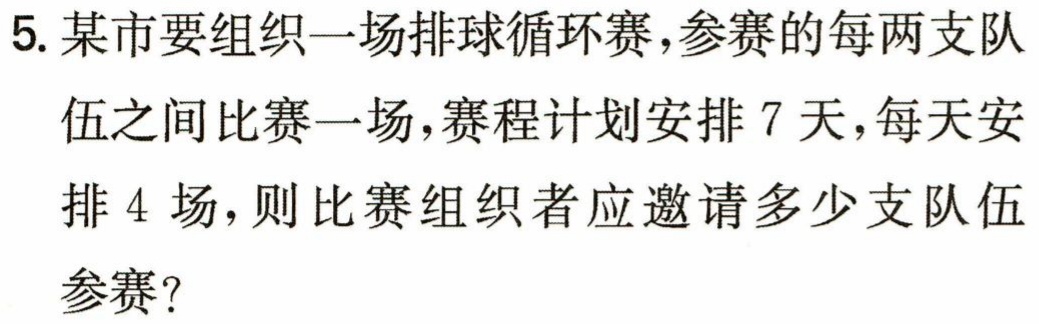
5. 某市要组织一场排球循环赛，参赛的每两支队伍之间比赛一场，赛程计划安排 7 天，每天安排 4 场，则比赛组织者应邀请多少支队伍参赛？